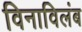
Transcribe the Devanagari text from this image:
विनाविलंब